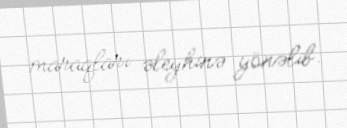
maraqları əleyhinə yönəlib.